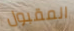
المقبول